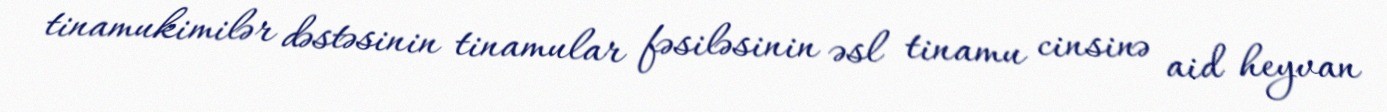
tinamukimilər dəstəsinin tinamular fəsiləsinin əsl tinamu cinsinə aid heyvan